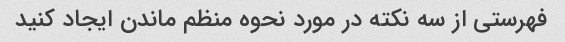
فهرستی از سه نکته در مورد نحوه منظم ماندن ایجاد کنید